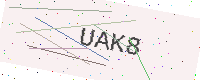
Text: UAK8